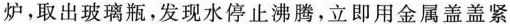
炉，取出玻璃瓶，发现水停止沸腾，立即用金属盖盖紧